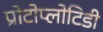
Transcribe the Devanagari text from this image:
प्रोटोप्लोटिडी